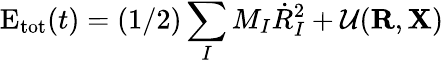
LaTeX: \mathrm{E}_{\mathrm{tot}}(t)=(1/2)\sum_{I}M_{I}{\dot{R}}_{I}^{2}+{\cal U}({\mathbf R},{\mathbf X})